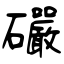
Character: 礹